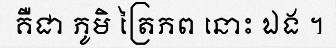
គឺជា ភូមិ ត្រៃភព នោះ ឯង ។